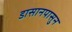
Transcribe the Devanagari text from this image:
डासानपासुन